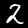
Label: 2